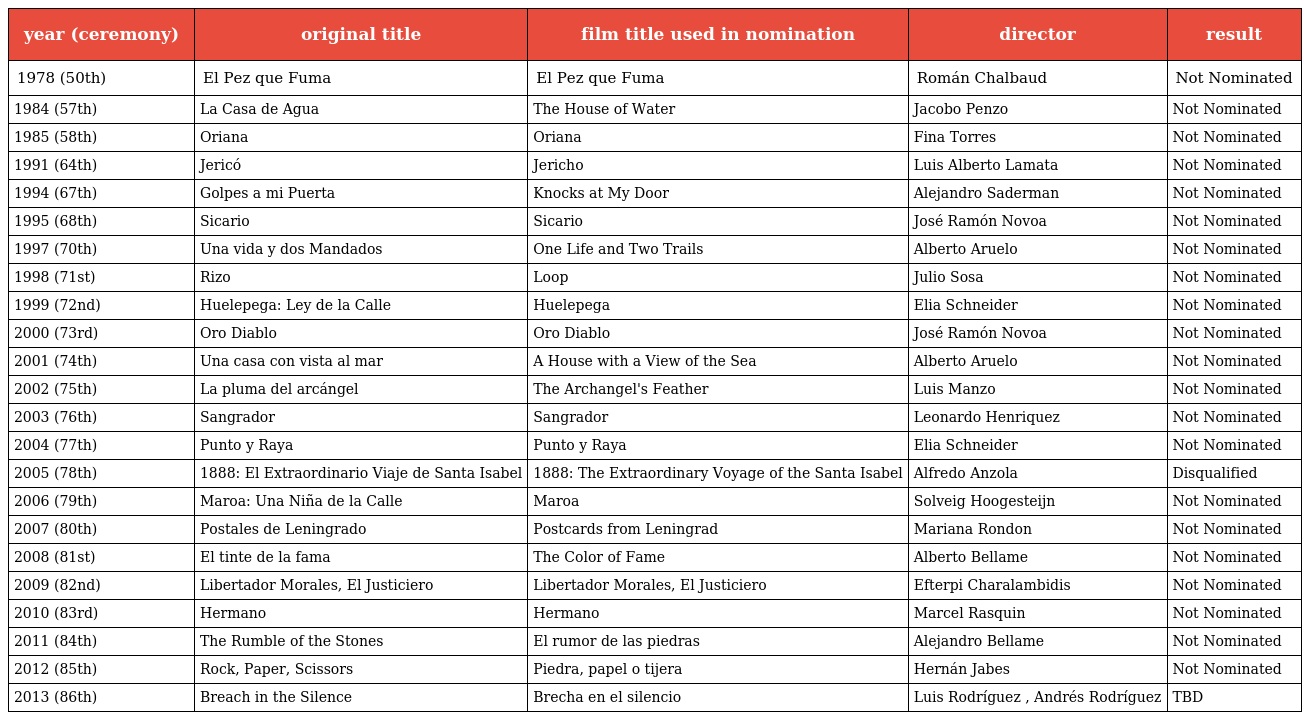
| year (ceremony) | original title | film title used in nomination | director | result |
 | --- | --- | --- | --- | --- |
 | 1978 (50th) | El Pez que Fuma | El Pez que Fuma | Román Chalbaud | Not Nominated |
 | 1984 (57th) | La Casa de Agua | The House of Water | Jacobo Penzo | Not Nominated |
 | 1985 (58th) | Oriana | Oriana | Fina Torres | Not Nominated |
 | 1991 (64th) | Jericó | Jericho | Luis Alberto Lamata | Not Nominated |
 | 1994 (67th) | Golpes a mi Puerta | Knocks at My Door | Alejandro Saderman | Not Nominated |
 | 1995 (68th) | Sicario | Sicario | José Ramón Novoa | Not Nominated |
 | 1997 (70th) | Una vida y dos Mandados | One Life and Two Trails | Alberto Aruelo | Not Nominated |
 | 1998 (71st) | Rizo | Loop | Julio Sosa | Not Nominated |
 | 1999 (72nd) | Huelepega: Ley de la Calle | Huelepega | Elia Schneider | Not Nominated |
 | 2000 (73rd) | Oro Diablo | Oro Diablo | José Ramón Novoa | Not Nominated |
 | 2001 (74th) | Una casa con vista al mar | A House with a View of the Sea | Alberto Aruelo | Not Nominated |
 | 2002 (75th) | La pluma del arcángel | The Archangel's Feather | Luis Manzo | Not Nominated |
 | 2003 (76th) | Sangrador | Sangrador | Leonardo Henriquez | Not Nominated |
 | 2004 (77th) | Punto y Raya | Punto y Raya | Elia Schneider | Not Nominated |
 | 2005 (78th) | 1888: El Extraordinario Viaje de Santa Isabel | 1888: The Extraordinary Voyage of the Santa Isabel | Alfredo Anzola | Disqualified |
 | 2006 (79th) | Maroa: Una Niña de la Calle | Maroa | Solveig Hoogesteijn | Not Nominated |
 | 2007 (80th) | Postales de Leningrado | Postcards from Leningrad | Mariana Rondon | Not Nominated |
 | 2008 (81st) | El tinte de la fama | The Color of Fame | Alberto Bellame | Not Nominated |
 | 2009 (82nd) | Libertador Morales, El Justiciero | Libertador Morales, El Justiciero | Efterpi Charalambidis | Not Nominated |
 | 2010 (83rd) | Hermano | Hermano | Marcel Rasquin | Not Nominated |
 | 2011 (84th) | The Rumble of the Stones | El rumor de las piedras | Alejandro Bellame | Not Nominated |
 | 2012 (85th) | Rock, Paper, Scissors | Piedra, papel o tijera | Hernán Jabes | Not Nominated |
 | 2013 (86th) | Breach in the Silence | Brecha en el silencio | Luis Rodríguez , Andrés Rodríguez | TBD |